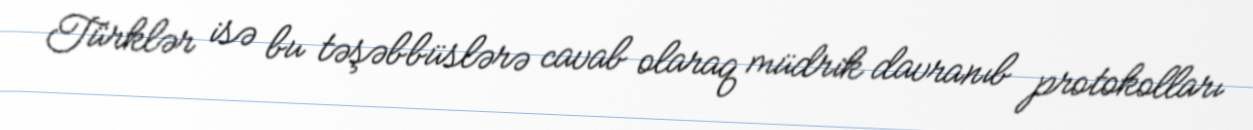
Türklər isə bu təşəbbüslərə cavab olaraq müdrik davranıb protokolları